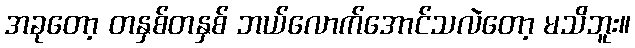
အခုတော့ တနှစ်တနှစ် ဘယ်လောက်အောင်သလဲတော့ မသိဘူး။